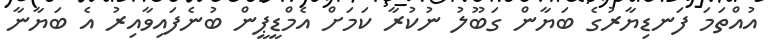
އުއްތަމަ ފަނޑިޔާރުގެ ބަޔާން ގަބޫލު ނުކުރާ ކަމަށް އެމްޑީޕީން ބުނެފައިވާއިރު އެ ބަޔާނާ